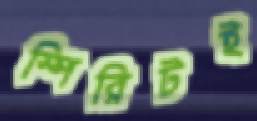
স্পিরিটই